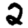
Digit: 2